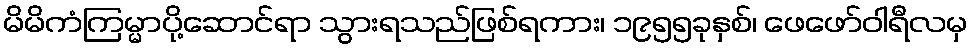
မိမိကံကြမ္မာပို့ဆောင်ရာ သွားရသည်ဖြစ်ရကား၊ ၁၉၅၅ခုနှစ်၊ ဖေဖော်ဝါရီလမှ